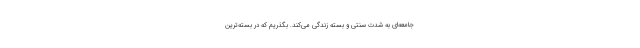
جامعه‌ای به شدت سنتی و بسته زندگی می‌کند. بگذریم که در بسته‌ترین